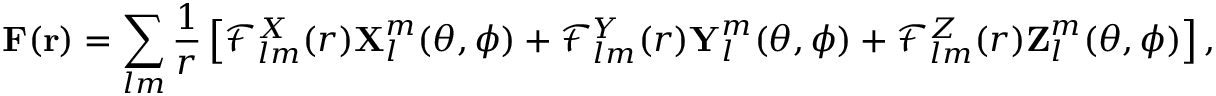
\boldsymbol { \mathbf { F } } ( \boldsymbol { \mathbf { r } } ) = \sum _ { l m } \frac { 1 } { r } \left[ \mathcal { F } _ { l m } ^ { X } ( r ) \boldsymbol { \mathbf { X } } _ { l } ^ { m } ( \theta , \phi ) + \mathcal { F } _ { l m } ^ { Y } ( r ) \boldsymbol { \mathbf { Y } } _ { l } ^ { m } ( \theta , \phi ) + \mathcal { F } _ { l m } ^ { Z } ( r ) \boldsymbol { \mathbf { Z } } _ { l } ^ { m } ( \theta , \phi ) \right] ,